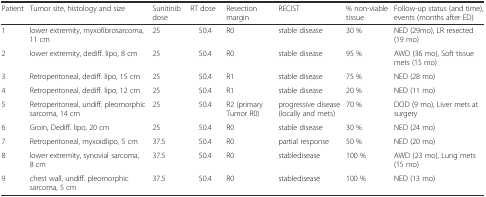
<table><thead><tr><td><b>Patient</b></td><td><b>Tumor site, histology and size</b></td><td><b>Sunitinib dose</b></td><td><b>RT dose</b></td><td><b>Resection margin</b></td><td><b>RECIST</b></td><td><b>% non-viable tissue</b></td><td><b>Follow-up status (and time), events (months after ED)</b></td></tr></thead><tbody><tr><td>1</td><td>lower extremity, myxofibrosarcoma, 11 cm</td><td>25</td><td>50.4</td><td>R0</td><td>stable disease</td><td>30 %</td><td>NED (29mo), LR resected (19 mo)</td></tr><tr><td>2</td><td>lower extremity, dediff. lipo, 8 cm</td><td>25</td><td>50.4</td><td>R0</td><td>stable disease</td><td>95 %</td><td>AWD (36 mo), Soft tissue mets (15 mo)</td></tr><tr><td>3</td><td>Retroperitoneal, dediff. lipo, 15 cm</td><td>25</td><td>50.4</td><td>R1</td><td>stable disease</td><td>75 %</td><td>NED (28 mo)</td></tr><tr><td>4</td><td>Retroperitoneal, dediff. lipo, 12 cm</td><td>25</td><td>50.4</td><td>R1</td><td>stable disease</td><td>20 %</td><td>NED (11 mo)</td></tr><tr><td>5</td><td>Retroperitoneal, undiff. pleomorphic sarcoma, 14 cm</td><td>25</td><td>50.4</td><td>R2 (primary Tumor R0)</td><td>progressive disease (locally and mets)</td><td>70 %</td><td>DOD (9 mo), Liver mets at surgery</td></tr><tr><td>6</td><td>Groin, Dediff. lipo, 20 cm</td><td>25</td><td>50.4</td><td>R0</td><td>stable disease</td><td>30 %</td><td>NED (24 mo)</td></tr><tr><td>7</td><td>Retroperitoneal, myxoidlipo, 5 cm</td><td>37.5</td><td>50.4</td><td>R0</td><td>partial response</td><td>50 %</td><td>NED (20 mo)</td></tr><tr><td>8</td><td>lower extremity, synovial sarcoma, 8 cm</td><td>37.5</td><td>50.4</td><td>R0</td><td>stabledisease</td><td>100 %</td><td>AWD (23 mo), Lung mets (15 mo)</td></tr><tr><td>9</td><td>chest wall, undiff. pleomorphic sarcoma, 5 cm</td><td>37.5</td><td>50.4</td><td>R0</td><td>stabledisease</td><td>100 %</td><td>NED (13 mo)</td></tr></tbody></table>